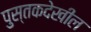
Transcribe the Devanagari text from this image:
पुस्तकदेखील